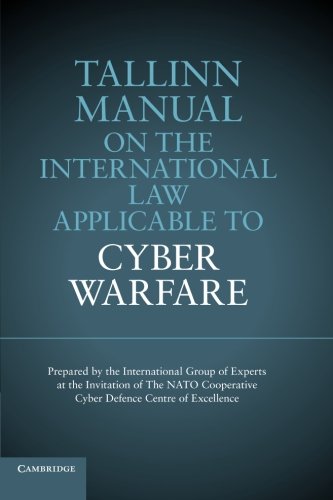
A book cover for Tallinn Manual on the International Law Applicable to Cyber Warfare; Law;